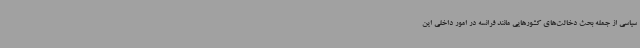
سیاسی از جمله بحث‌ دخالت‌های کشورهایی مانند فرانسه در امور داخلی این